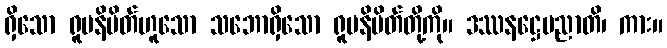
ရှိသော ရူပနိမိတ်ဟူသော သဘောရှိသော ရူပနိမိတ်တို့ကို။ ဒဿနဋ္ဌေပညာတိ၊ ကား။